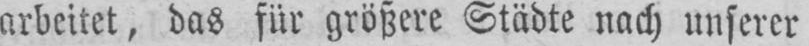
arbeitet, das für größere Städte nach unserer